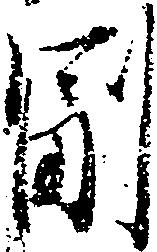
副